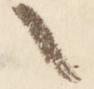
々